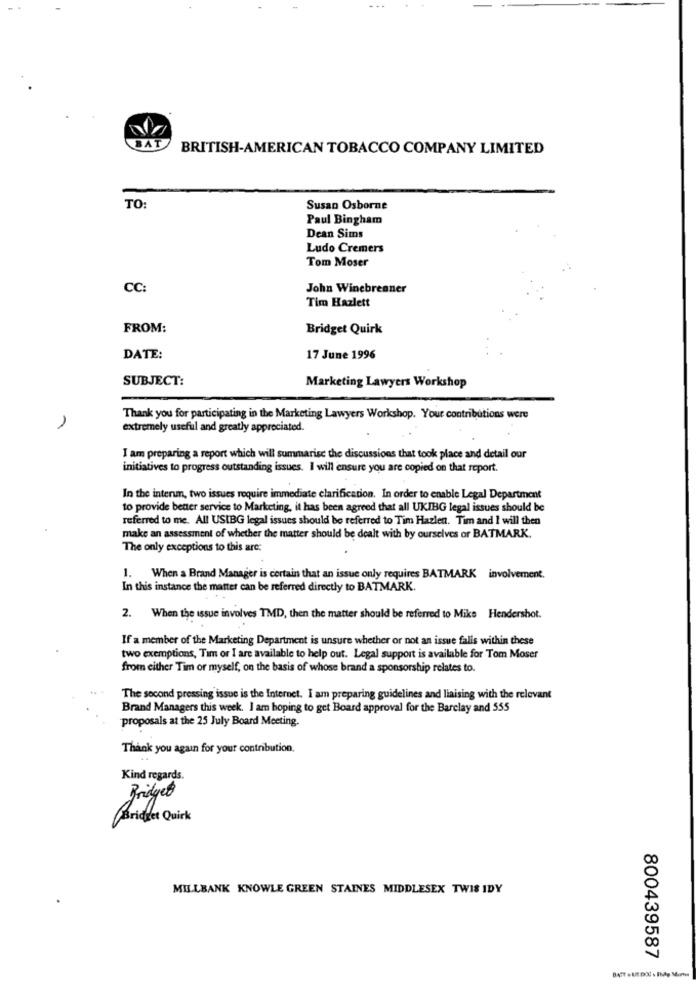
BAT
BRITISH-AMERICAN TOBACCO COMPANY LIMITED
TO:
Susan Osborne
Paul Bingham
Dean Sims
Ludo Cremers
Tom Moser
CC
John Winebrenner
Tim Hazlett
FROM:
Bridget Quirk
DATE:
17 June 1996
SUBJECT:
Marketing Lawyers Workshop
Thank you for participating in the Marketing Lawyers Workshop. Your contributions were
extremely useful and greatly appreciated.
I am preparing a report which will summarisc the discussions that took place and detail our
initiatives to progress outstanding issues. I will ensure you are copied on that report.
In the intern, two issues require immediate clarification. In order to enable Legal Department
to provide better service to Marketing, it has been agreed that all UKIBG legal issues should be
referred to me. All USIBG legal issues should be referred to Tim Hazlen. Tim and I will then
make an assessment of whether the matter should be dealt with by ourselves or BATMARK.
The only exceptions to this are:
1. When a Brand Manager is certain that an issue only requires BATMARK involvement.
In this instance the matter can be referred directly to BATMARK.
2. When the issue involves TMD, then the matter should be referred to Miks Hendershot.
If a member of the Marketing Department is unsure whether or not an issue falls within these
two exemptions, Tim or I are available to help out. Legal support is available for Tom Moser
from either Tim or myself, on the basis of whose brand a sponsorship relates to.
The second pressing issue is the Internet. I am preparing guidelines and liaising with the relevant
Brand Managers this week. I am hoping to get Board approval for the Barclay and 555
proposals at the 25 July Board Meeting.
Thank you again for your contribution.
Kind regards.
Bridget
Berichtet Quirk
MILLBANK KNOWLE GREEN STAINES MIDDLESEX TWIS IDY
800439587